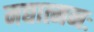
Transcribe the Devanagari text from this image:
मद्यात्मनः